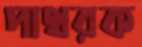
পাথরক